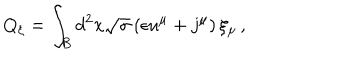
Q _ { \xi } = \int _ { B } d ^ { 2 } x \sqrt { \sigma } \left( \epsilon u ^ { \mu } + j ^ { \mu } \right) \xi _ { \mu } \, ,